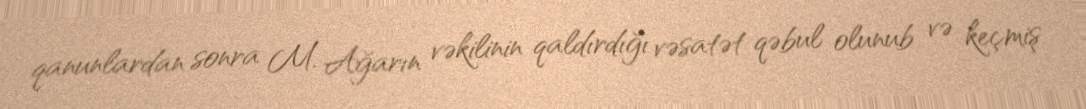
qanunlardan sonra M. Ağarın vəkilinin qaldırdığı vəsatət qəbul olunub və keçmiş